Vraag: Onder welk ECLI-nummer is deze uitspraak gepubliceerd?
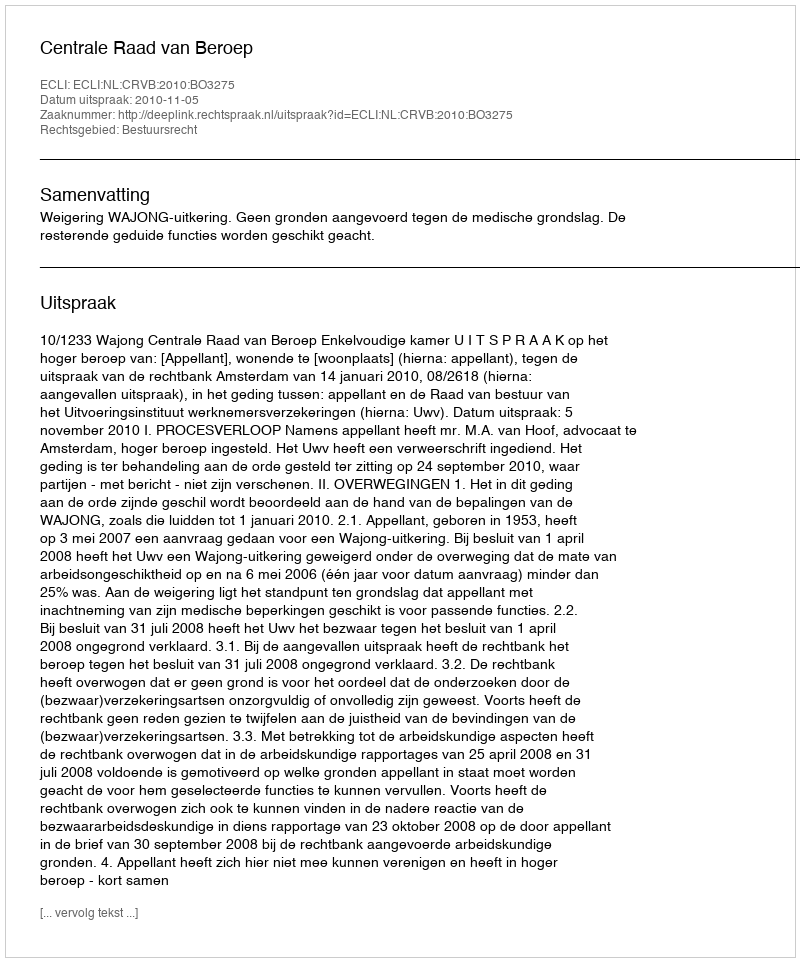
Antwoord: ECLI:NL:CRVB:2010:BO3275